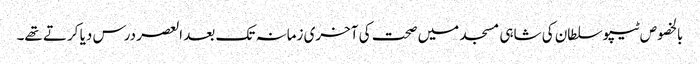
بالخصوص ٹیپوسلطان کی شاہی مسجد میں صحت کی آخری زمانہ تک بعد العصر درس دیا کرتے تھے۔